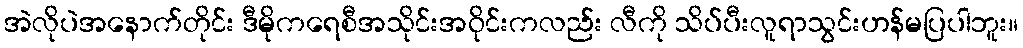
အဲလိုပဲအနောက်တိုင်း ဒီမိုကရေစီအသိုင်းအဝိုင်းကလည်း လီကို သိပ်ပီးလူရာသွင်းဟန်မပြပါဘူး။